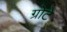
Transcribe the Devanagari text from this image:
ग्रोटे